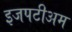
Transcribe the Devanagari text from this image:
इजपटीअम